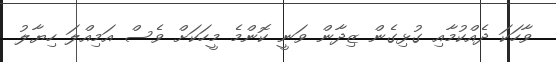
ވާހަކަ ދެއްކުމާއި ގުޅިގެން ޒިދާން ވަނީ ކޮންމެ މީހަކަށް ވެސް އަމިއްލަ ހިޔާލު